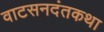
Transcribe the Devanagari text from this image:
वाटसनदंतकथा